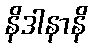
နိဒါနာနိ